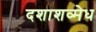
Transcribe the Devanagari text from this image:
दशाशव्मेध